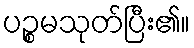
ပဉ္စမသုတ်ပြီး၏။